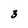
Character: 3